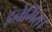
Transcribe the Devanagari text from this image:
इनेर्मिस।